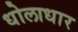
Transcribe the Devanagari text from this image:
धोलाधार